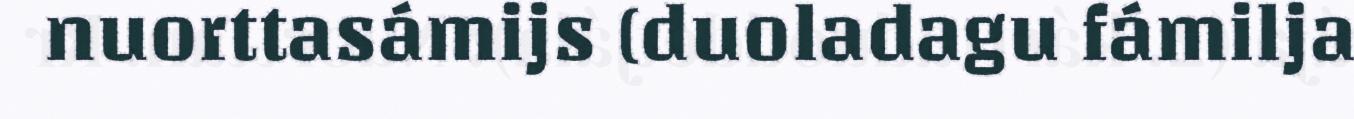
nuorttasámijs (duoladagu fámilja